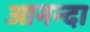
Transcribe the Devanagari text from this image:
आनन्दा